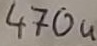
Text: 470u